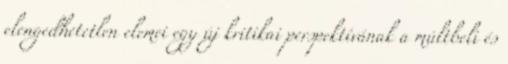
elengedhetetlen elemei egy új kritikai perspektívának a múltbeli és